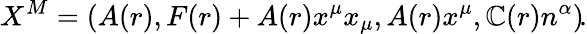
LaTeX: X^{M}=\left(A(r),F(r)+A(r)x^{\mu}x_{\mu},A(r)x^{\mu},\mathbb{C}(r)n^{\alpha}\right)\! .